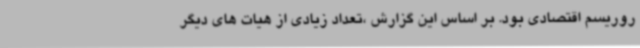
روریسم اقتصادی بود. بر اساس این گزارش ،تعداد زیادی از هیات های دیگر